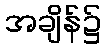
အချိန်၌